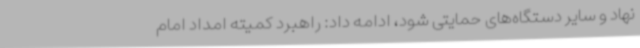
نهاد و سایر دستگاه‌های حمایتی شود، ادامه داد: راهبرد کمیته امداد امام